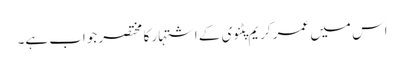
اس میں عمر کریم پٹنوی کے اشتہار کا مختصر جواب ہے۔